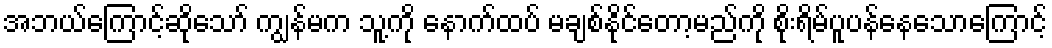
အဘယ်ကြောင့်ဆိုသော် ကျွန်မက သူ့ကို နောက်ထပ် မချစ်နိုင်တော့မည်ကို စိုးရိမ်ပူပန်နေသောကြောင့်